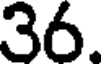
36.